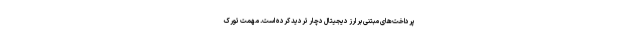
پرداخت‌های مبتنی بر ارز دیجیتال دچار تردید کرده است. مِهمِت تورک‌